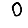
Digit: 0